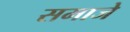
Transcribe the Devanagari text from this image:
समाजे